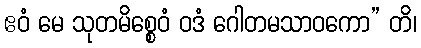
ဧဝံ မေ သုတမိစ္စေဝံ ဝဒံ ဂေါတမသာဝကော” တိ၊